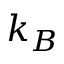
k _ { B }